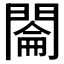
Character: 𰿡